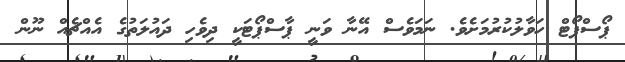
ޕޯސްޕޯޓް ހަވާލުކުރުމަށެވެ. ނަމަވެސް އޭނާ ވަނީ ޕާސްޕޯޓަކީ ދިވެހި ދައުލަތުގެ އެއްޗެއް ނޫން